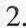
2.